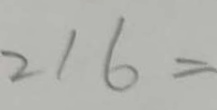
2 1 6 =